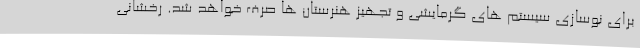
برای نوسازی سیستم های گرمایشی و تجهیز هنرستان ها صرف خواهد شد. رخشانی